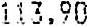
113.90